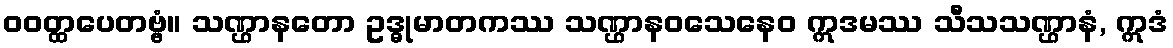
ဝဝတ္ထပေတဗ္ဗံ။ သဏ္ဌာနတော ဥဒ္ဓုမာတကဿ သဏ္ဌာနဝသေနေဝ ဣဒမဿ သီသသဏ္ဌာနံ, ဣဒံ